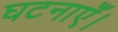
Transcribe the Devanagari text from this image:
घटनाएँ।